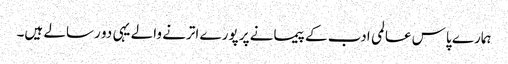
ہمارے پاس عالمی ادب کے پیمانے پر پورے اترنے والے یہی دو رسالے ہیں۔